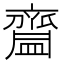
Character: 齍